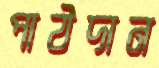
পাঠদান